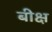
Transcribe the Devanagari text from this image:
बीक्ष